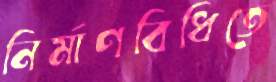
নির্মাণবিধিতে